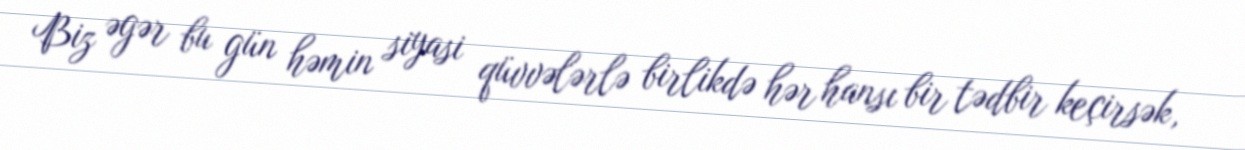
Biz əgər bu gün həmin siyasi qüvvələrlə birlikdə hər hansı bir tədbir keçirsək,